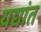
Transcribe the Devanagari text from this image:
यद्यांत